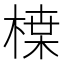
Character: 𭫏